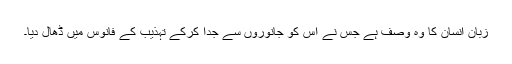
زبان انسان کا وہ وصف ہے جس نے اس کو جانوروں سے جدا کرکے تہذیب کے فانوس میں ڈھال دیا۔